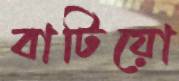
বাটিয়ো